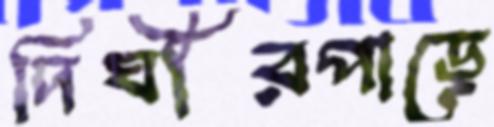
দিঘীরপাড়ে